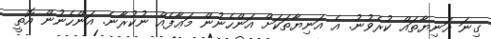
ގިނަ އަނިޔާތައް ކުރެވުނު. އެ އަނިޔާތަކަށް އަންހެނުން މަޢާފެއް ނުކުރާނެ. އަންހެނުން އޮތީ